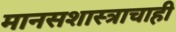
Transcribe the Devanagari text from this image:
मानसशास्त्राचाही